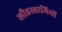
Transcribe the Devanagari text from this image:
लौहस्वामियों